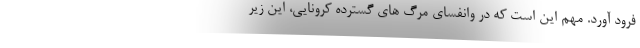
فرود آورد. مهم این است که در وانفسای مرگ های گسترده کرونایی، این زیر